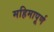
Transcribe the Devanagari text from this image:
महिमापूर्ण